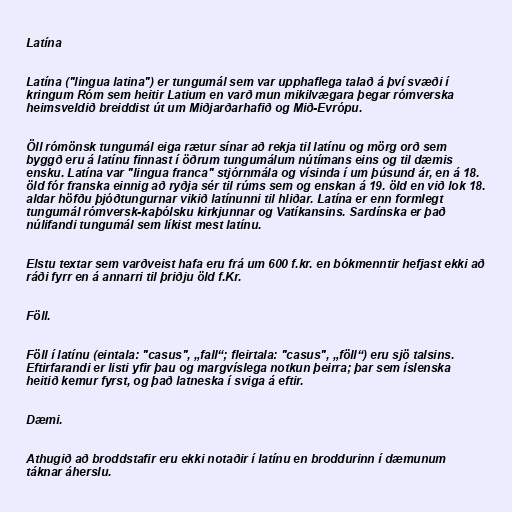
Latína

Latína ("lingua latina") er tungumál sem var upphaflega talað á því svæði í
kringum Róm sem heitir Latium en varð mun mikilvægara þegar rómverska
heimsveldið breiddist út um Miðjarðarhafið og Mið-Evrópu.

Öll rómönsk tungumál eiga rætur sínar að rekja til latínu og mörg orð sem
byggð eru á latínu finnast í öðrum tungumálum nútímans eins og til dæmis
ensku. Latína var "lingua franca" stjórnmála og vísinda í um þúsund ár, en á 18.
öld fór franska einnig að ryðja sér til rúms sem og enskan á 19. öld en við lok 18.
aldar höfðu þjóðtungurnar vikið latínunni til hliðar. Latína er enn formlegt
tungumál rómversk-kaþólsku kirkjunnar og Vatíkansins. Sardínska er það
núlifandi tungumál sem líkist mest latínu.

Elstu textar sem varðveist hafa eru frá um 600 f.kr. en bókmenntir hefjast ekki að
ráði fyrr en á annarri til þriðju öld f.Kr.

Föll.

Föll í latínu (eintala: "casus", „fall“; fleirtala: "casus", „föll“) eru sjö talsins.
Eftirfarandi er listi yfir þau og margvíslega notkun þeirra; þar sem íslenska
heitið kemur fyrst, og það latneska í sviga á eftir.

Dæmi.

Athugið að broddstafir eru ekki notaðir í latínu en broddurinn í dæmunum
táknar áherslu.